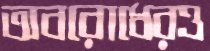
অবরোধেরও